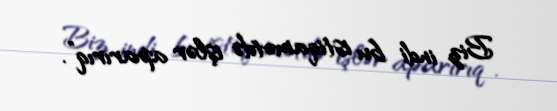
Biz indi bu istiqamətdə işlər aparırıq”.